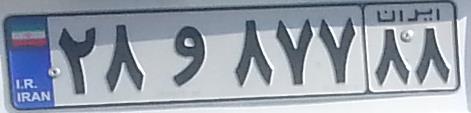
۲۸و۸۷۷۸۸